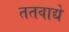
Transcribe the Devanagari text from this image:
ततवाद्ये